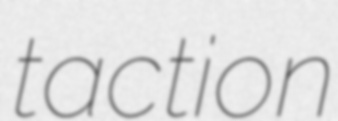
taction